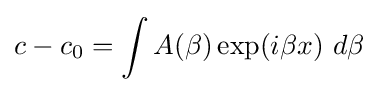
c-c_{0}=\int A(\beta )\exp(i\beta x)~d\beta